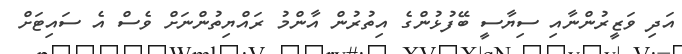
އަދި ވަޒީރުންނާއި ސިޔާސީ ބޭފުޅުންގެ އިތުރުން އާންމު ރައްޔިތުންނަށް ވެސް އެ ސައިޓަށް